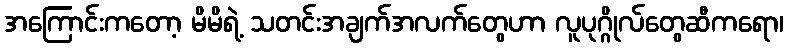
အကြောင်းကတော့ မိမိရဲ့ သတင်းအချက်အလက်တွေဟာ လူပုဂ္ဂိုလ်တွေဆီကရော၊